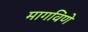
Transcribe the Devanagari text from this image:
मागविणे